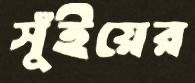
সুঁইয়ের